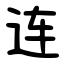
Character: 连